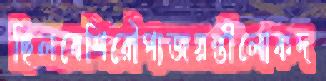
ছিলবেশিরৌপ্যজয়ন্তীলোকদ